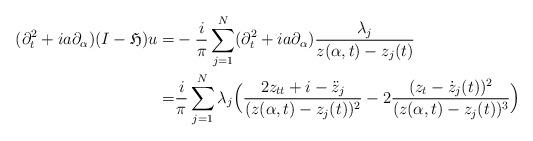
LaTeX: \begin{align*}(\partial_t^2+ia\partial_{\alpha})(I-\mathfrak{H})u=& -\frac{i}{\pi}\sum_{j=1}^N (\partial_t^2+ia\partial_{\alpha})\frac{\lambda_j}{z(\alpha,t)-z_j(t)}\\=& \frac{i}{\pi}\sum_{j=1}^N \lambda_j\Big(\frac{2z_{tt}+i-\ddot{z}_j}{(z(\alpha,t)-z_j(t))^2}-2\frac{(z_t-\dot{z}_j(t))^2}{(z(\alpha,t)-z_j(t))^3}\Big)\end{align*}